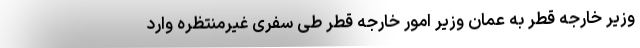
وزیر خارجه قطر به عمان وزیر امور خارجه قطر طی سفری غیرمنتظره وارد